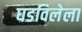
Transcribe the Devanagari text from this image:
घडविलेला